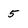
Character: 5